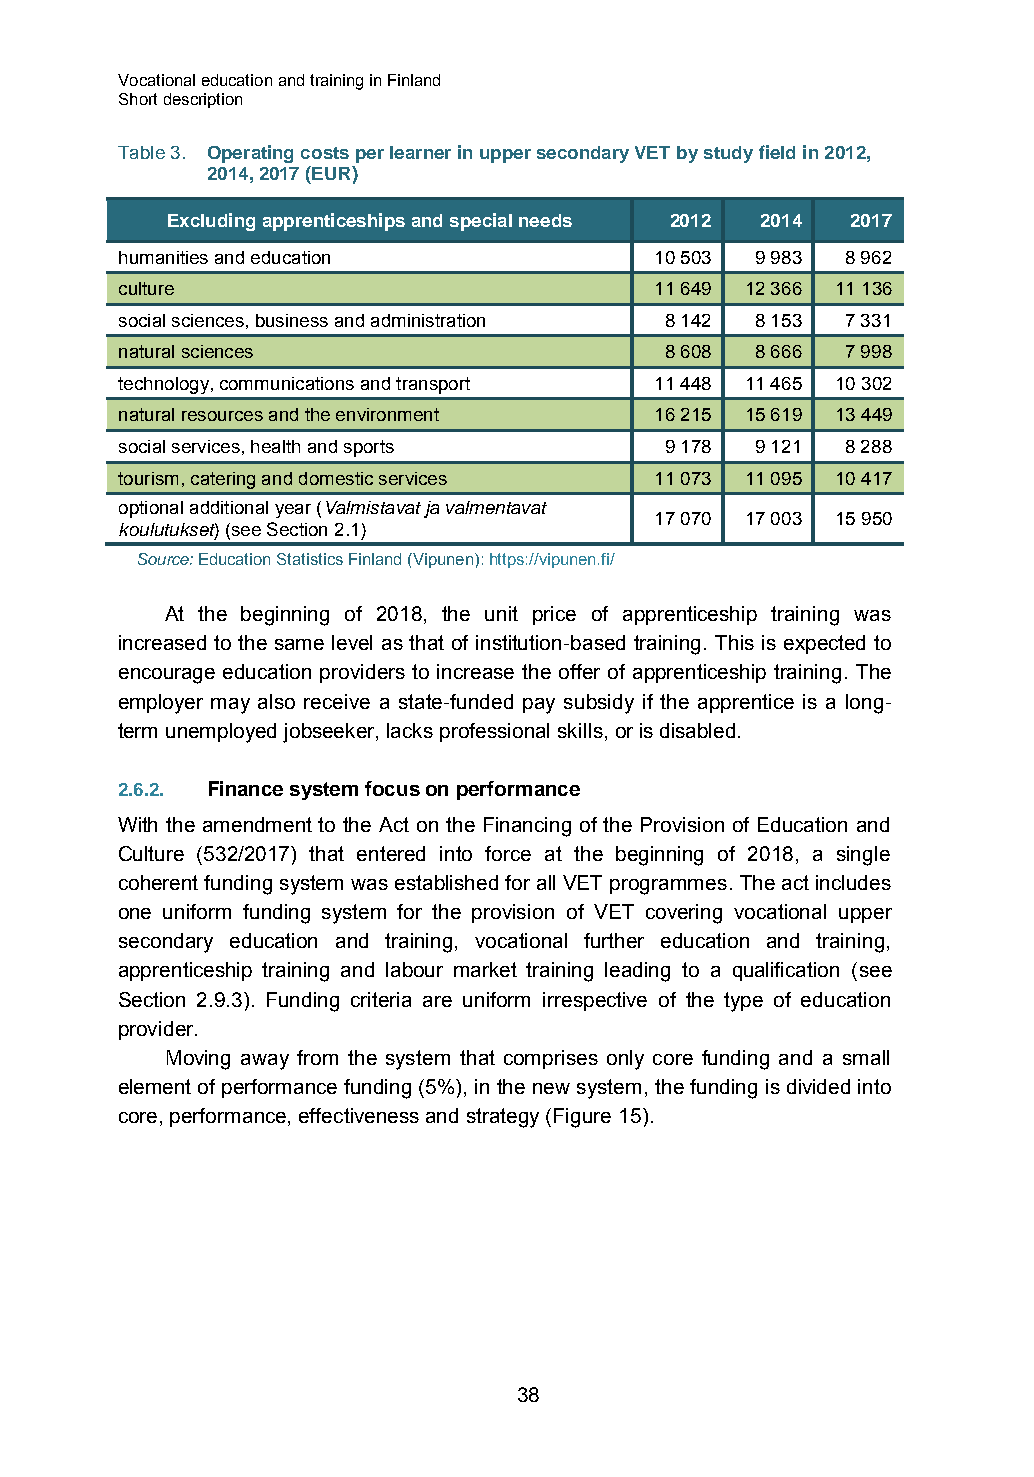
Vocational education and training in Finland
 Short description
 Table 3. Operating costs per learner in upper secondary VET by study field in 2012,
 2014, 2017 (EUR)
 Excluding apprenticeships and special needs 2012 2014 2017
 humanities and education           10 503 9 983 8 962
 culture                            11 649 12 366 11 136
 social sciences, business and administration 8 142 8 153 7 331
 natural sciences                    8 608 8 666 7 998
 technology, communications and transport 11 448 11 465 10 302
 natural resources and the environment 16 215 15 619 13 449
 social services, health and sports  9 178 9 121 8 288
 tourism, catering and domestic services 11 073 11 095 10 417
 optional additional year (Valmistavat ja valmentavat
 17 070 17 003 15 950
 koulutukset) (see Section 2.1)
 Source: Education Statistics Finland (Vipunen): https://vipunen.fi/
 At the beginning of 2018, the unit price of apprenticeship training was
 increased to the same level as that of institution-based training. This is expected to
 encourage education providers to increase the offer of apprenticeship training. The
 employer may also receive a state-funded pay subsidy if the apprentice is a long-
 term unemployed jobseeker, lacks professional skills, or is disabled.
 2.6.2. Finance system focus on performance
 With the amendment to the Act on the Financing of the Provision of Education and
 Culture (532/2017) that entered into force at the beginning of 2018, a single
 coherent funding system was established for all VET programmes. The act includes
 one uniform funding system for the provision of VET covering vocational upper
 secondary education and training, vocational further education and training,
 apprenticeship training and labour market training leading to a qualification (see
 Section 2.9.3). Funding criteria are uniform irrespective of the type of education
 provider.
 Moving away from the system that comprises only core funding and a small
 element of performance funding (5%), in the new system, the funding is divided into
 core, performance, effectiveness and strategy (Figure 15).
 38